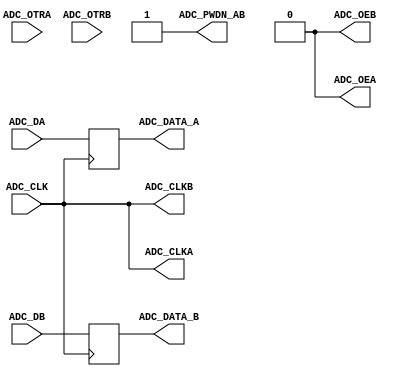
// CODE TO INTERFACE WITH THE DSP BOARD
module ADC(
		ADC_CLK,		//Internal ADC clock
		
		ADC_CLKA,		//Output to GPIO
		ADC_CLKB,		//Output to GPIO

		ADC_DA,			//Input from GPIO
		ADC_OTRA,		//Input from GPIO
		ADC_OEA,		//Output to GPIO
				
		ADC_DB,			//Input from GPIO
		ADC_OTRB,		//Input from GPIO
		ADC_OEB,		//Output to GPIO
		
		ADC_PWDN_AB,	//Output to GPIO
		
		ADC_DATA_A,			//Internal ADC data
		ADC_DATA_B);			//Internal ADC data
				

//////////////////////// ADC Physical Pins ////////////////////
input		[13:0] ADC_DA;	//Input from GPIO
input		ADC_OTRA;		//Input from GPIO
output		ADC_OEA;		//Output to GPIO
output		ADC_CLKA;		//Output to GPIO
				
input		[13:0] ADC_DB;	//Input from GPIO
input		ADC_OTRB;		//Input from GPIO
output		ADC_OEB;		//Output to GPIO
output		ADC_CLKB;		//Output to GPIO
		
output		ADC_PWDN_AB;	//Output to GPIO

////////////////////////  ADC Internal Port //////////////////
input ADC_CLK;
output reg  [13:0]ADC_DATA_A;
output reg  [13:0]ADC_DATA_B;

assign ADC_CLKA = ADC_CLK;
assign ADC_CLKB = ADC_CLK;
assign ADC_OEA = 0;
assign ADC_OEB = 0;
assign ADC_PWDN_AB = 1;

always @( posedge ADC_CLK )
	begin
		ADC_DATA_A <= ADC_DA;
		ADC_DATA_B <= ADC_DB;
	end

endmodule